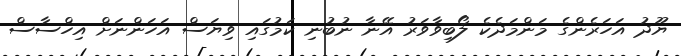
ޔޫދު އަހަރެންގެ މަންމަދެކެ ލޯބިވާވަރު އޭނާ ނުބުނި ކަމުގައި ވިޔަސް އަހަންނަށް އިހްސާސް